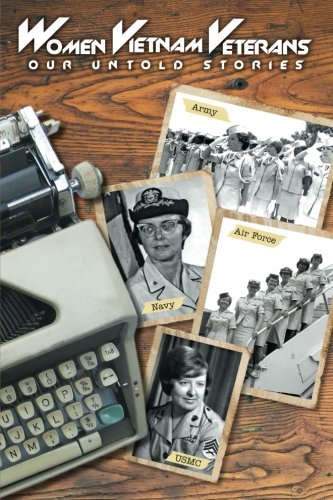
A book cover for Women Vietnam Veterans: Our Untold Stories; Donna A. Lowery; History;